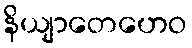
နိယျာတေဟေဝ